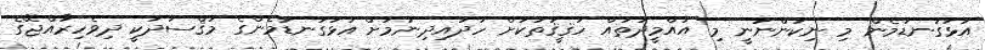
އަޅުގަނޑުމެން މި ނިކުންނަނީ މި އުއްމީދުތައް ހަޤީޤަތަކަށް ހަދައިދިނުމަށް އަޅުގަނޑުމެންގެ މަޤްސަދަކީ ދިވެހިރާއްޖޭގެ